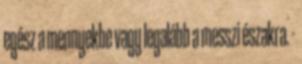
egész a mennyekbe vagy legalább a messzi északra. -